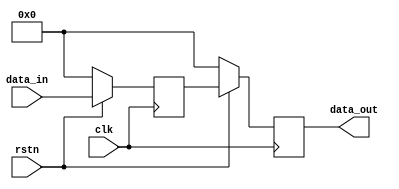
module RC_Delay (
    input wire clk,
    input wire rstn,
    input wire [7:0] data_in,
    output reg [7:0] data_out
);

reg [7:0] delay_reg;

always @(posedge clk) begin
    if (~rstn) begin
        delay_reg <= 8'b0;
    end else begin
        delay_reg <= data_in;
    end
end

always @(posedge clk) begin
    if (~rstn) begin
        data_out <= 8'b0;
    end else begin
        data_out <= delay_reg;
    end
end

endmodule